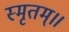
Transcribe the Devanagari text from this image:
स्मृतम्॥